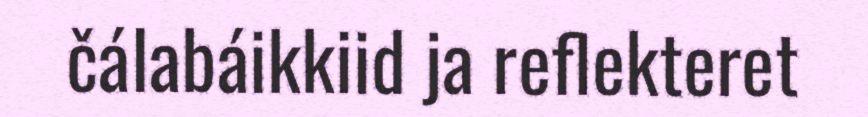
čálabáikkiid ja reflekteret